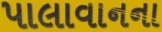
પાલાવાનના